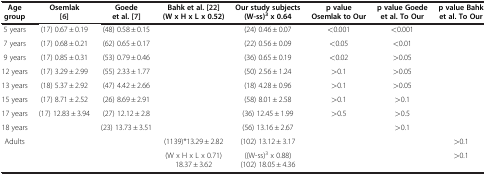
| Age group | Osemlak[6] | Goede et al.[7] | Bahk et al.[22](W x H x L x 0.52) | Our study subjects(W-ss)3 x 0.64 | p valueOsemlak to Our | p value Goede et al. To Our | p valueBahk et al. To Our |
 | --- | --- | --- | --- | --- | --- | --- | --- |
 | 5 years | (17) 0.67 ± 0.19 | (48) 0.58 ± 0.15 |  | (24) 0.46 ± 0.07 | <0.001 | <0.001 |  |
 | 7 years | (17) 0.68 ± 0.21 | (62) 0.65 ± 0.17 |  | (22) 0.56 ± 0.09 | <0.05 | <0.01 |  |
 | 9 years | (17) 0.85 ± 0.31 | (53) 0.79 ± 0.46 |  | (36) 0.65 ± 0.19 | <0.02 | >0.05 |  |
 | 12 years | (17) 3.29 ± 2.99 | (55) 2.33 ± 1.77 |  | (50) 2.56 ± 1.24 | >0.1 | >0.05 |  |
 | 13 years | (18) 5.37 ± 2.92 | (47) 4.42 ± 2.66 |  | (18) 4.28 ± 0.96 | >0.1 | >0.05 |  |
 | 15 years | (17) 8.71 ± 2.52 | (26) 8.69 ± 2.91 |  | (58) 8.01 ± 2.58 | >0.1 | >0.1 |  |
 | 17 years | (17) 12.83 ± 3.94 | (27) 12.12 ± 2.8 |  | (36) 12.45 ± 1.99 | >0.5 | >0.5 |  |
 | 18 years |  | (23) 13.73 ± 3.51 |  | (56) 13.16 ± 2.67 |  | >0.1 |  |
 | Adults |  |  | (1139)*13.29 ± 2.82 | (102) 13.12 ± 3.17 |  |  | >0.1 |
 |  |  |  | (W x H x L x 0.71)18.37 ± 3.62 | ((W-ss)3 x 0.88)(102) 18.05 ± 4.36 |  |  | >0.1 |